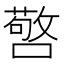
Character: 𭋆